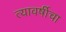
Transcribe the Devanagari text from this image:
त्यावर्षीचा